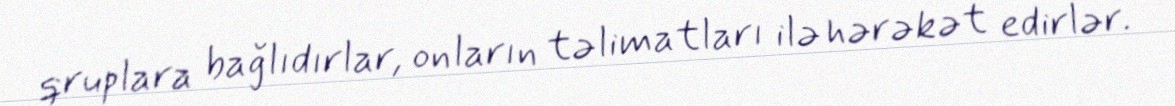
qruplara bağlıdırlar, onların təlimatları ilə hərəkət edirlər.